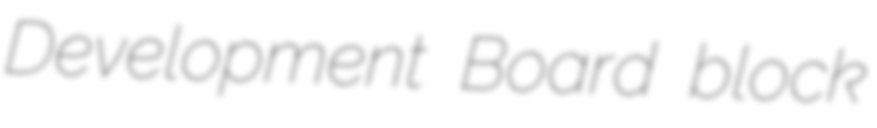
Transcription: Development Board block